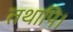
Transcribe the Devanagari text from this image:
तथापि।